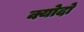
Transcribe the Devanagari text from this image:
क्योदो